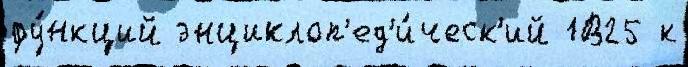
фу́нкций энциклоп'ед'и́ческ'ий 1В25 к